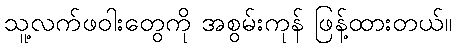
သူ့လက်ဖဝါးတွေကို အစွမ်းကုန် ဖြန့်ထားတယ်။